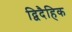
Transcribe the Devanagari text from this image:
द्विदैहिक